Note on the mental hospitals in Burma - 1925-1940
Year: 1925
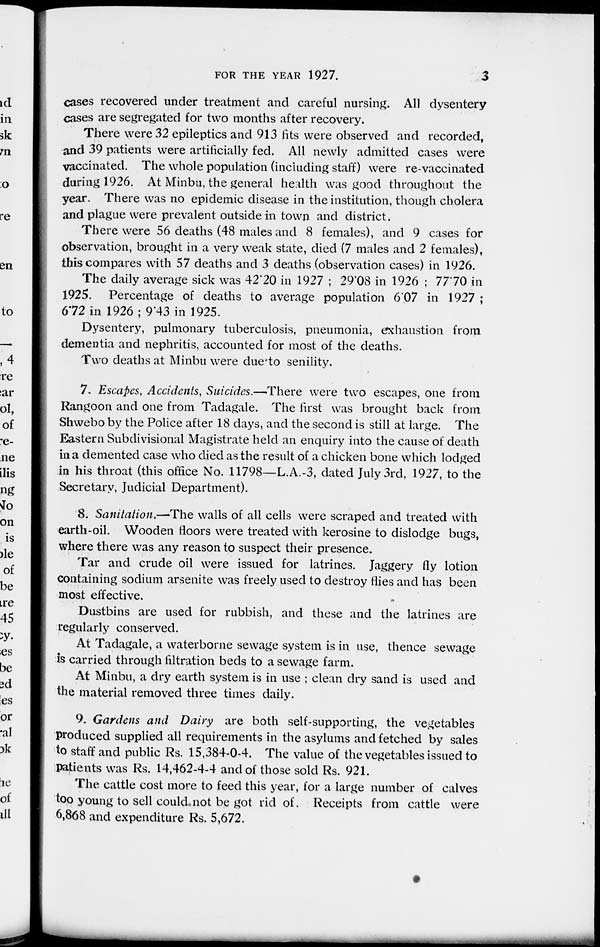
FOR THE YEAR 1927.
3
cases recovered under treatment and careful nursing. All dysentery
cases are segregated for two months after recovery.
There were 32 epileptics and 913 fits were observed and recorded,
and 39 patients were artificially fed. All newly admitted cases were
vaccinated. The whole population (including staff) were re-vaccinated
during 1926. At Minbu, the general health was good throughout the
year. There was no epidemic disease in the institution, though cholera
and plague were prevalent outside in town and district.
There were 56 deaths (48 males and 8 females), and 9 cases for
observation, brought in a very weak state, died (7 males and 2 females),
this compares with 57 deaths and 3 deaths (observation cases) in 1926.
The daily average sick was 42.20 in 1927 ; 29.08 in 1926 ; 77.70 in
1925. Percentage of deaths to average population 6.07 in 1927 ;
6.72 in 1926 ; 9.43 in 1925.
Dysentery, pulmonary tuberculosis, pneumonia, exhaustion from
dementia and nephritis, accounted for most of the deaths.
Two deaths at Minbu were due to senility.
7. Escapes, Accidents, Suicides.—There were two escapes, one from
Rangoon and one from Tadagale. The first was brought back from
Shwebo by the Police after 18 days, and the second is still at large. The
Eastern Subdivisional Magistrate held an enquiry into the cause of death
in a demented case who died as the result of a chicken bone which lodged
in his throat (this office No. 11798—L.A.-3, dated July 3rd, 1927, to the
Secretary, Judicial Department).
8. Sanitation.—The walls of all cells were scraped and treated with
earth-oil. Wooden floors were treated with kerosine to dislodge bugs,
where there was any reason to suspect their presence.
Tar and crude oil were issued for latrines. Jaggery fly lotion
containing sodium arsenite was freely used to destroy flies and has been
most effective.
Dustbins are used for rubbish, and these and the latrines are
regularly conserved.
At Tadagale, a waterborne sewage system is in use, thence sewage
is carried through filtration beds to a sewage farm.
At Minbu, a dry earth system is in use ; clean dry sand is used and
the material removed three times daily.
9. Gardens and Dairy are both self-supporting, the vegetables
produced supplied all requirements in the asylums and fetched by sales
to staff and public Rs. 15,384-0-4. The value of the vegetables issued to
patients was Rs. 14,462-4-4 and of those sold Rs. 921.
The cattle cost more to feed this year, for a large number of calves
too young to sell could not be got rid of. Receipts from cattle were
6,868 and expenditure Rs. 5,672.